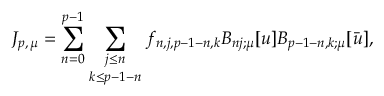
J _ { p , \, \mu } = \sum _ { n = 0 } ^ { p - 1 } \sum _ { { \scriptstyle j \le n } \atop { \scriptstyle k \le p - 1 - n } } f _ { n , j , p - 1 - n , k } B _ { n j ; \mu } [ u ] B _ { p - 1 - n , k ; \mu } [ \bar { u } ] ,